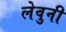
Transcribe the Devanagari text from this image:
लेवुनी